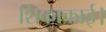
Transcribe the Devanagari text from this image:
शिकाकाई।